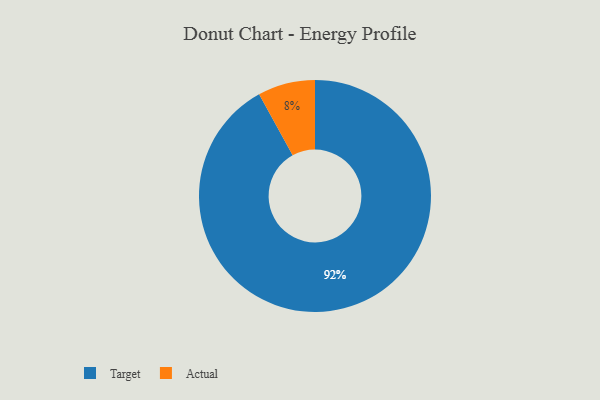
{"axis": {"x": "Category", "y": "Percentage"}, "legend": ["Actual", "Target"], "data": [{"x": "Actual", "y": 8, "type": "Actual"}, {"x": "Target", "y": 92, "type": "Target"}]}